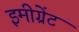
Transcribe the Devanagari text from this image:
इमीग्रेंट